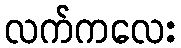
လက်ကလေး